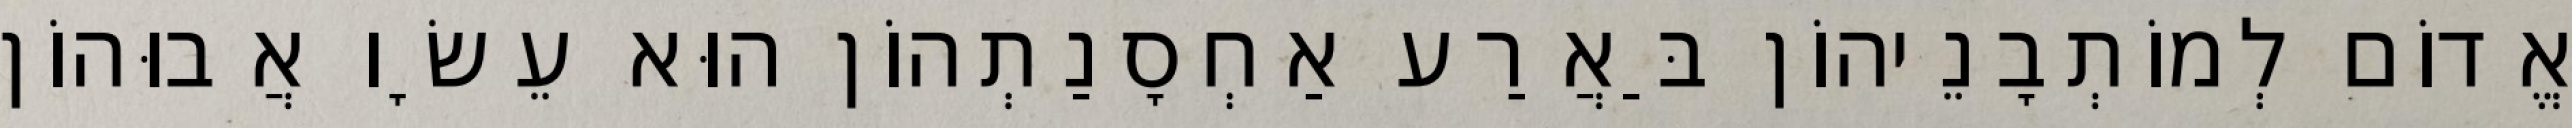
אֱדוֹם לְמוֹתְבָנֵיהוֹן בַּאֲרַע אַחְסָנַתְהוֹן הוּא עֵשָׂו אֲבוּהוֹן